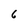
Character: 6